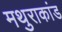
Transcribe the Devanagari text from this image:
मथुराकांड